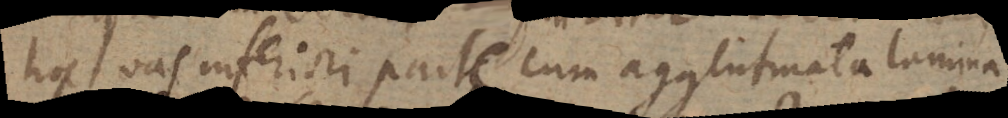
hoc vas inferiori parte cum agglutinata lamina